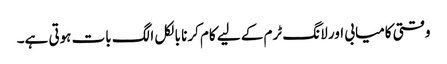
وقتی کامیابی اور لانگ ٹرم کے لیے کام کرنا بالکل الگ بات ہوتی ہے۔